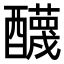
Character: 𨣱